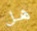
هل